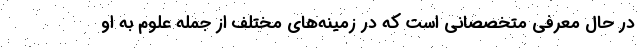
در حال معرفی متخصصانی است که در زمینه‌های مختلف از جمله علوم به او